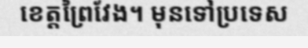
ខេត្តព្រៃវែង។ មុនទៅប្រទេស